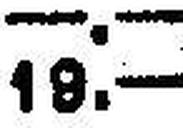
19.—